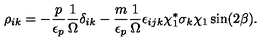
\rho _ { i k } = - \frac { p } { \epsilon _ { p } } \frac { 1 } { \Omega } \delta _ { i k } - \frac { m } { \epsilon _ { p } } \frac { 1 } { \Omega } \epsilon _ { i j k } \chi _ { 1 } ^ { * } \sigma _ { k } \chi _ { 1 } \sin ( 2 \beta ) .